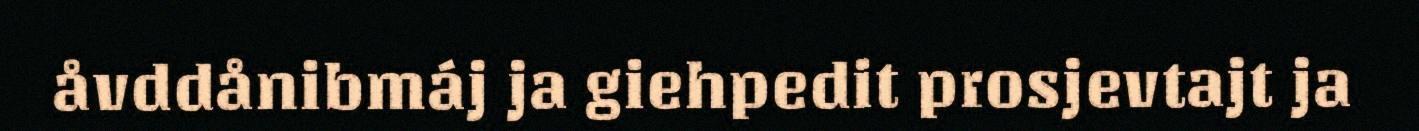
åvddånibmáj ja giehpedit prosjevtajt ja